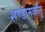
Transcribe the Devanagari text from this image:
शण्डामर्कोतु